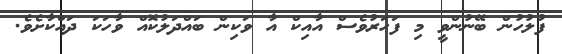
ފުލުހުން ބޭނުންވީ މި ފަހަރުވެސް އާއިކް އާ ވަކިން ބައްދަލުކޮއް ވާހަކަ ދައްކާށެވެ.